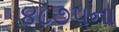
૪૮૭૫ના